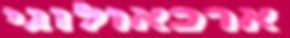
ארכאולוגי